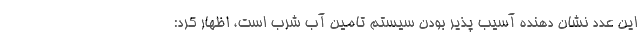
این عدد نشان دهنده آسیب پذیر بودن سیستم تامین آب شرب است، اظهار کرد: